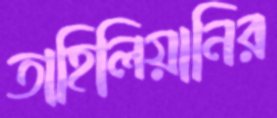
তাহিলিয়ানির